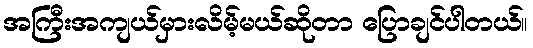
အကြီးအကျယ်မှားလိမ့်မယ်ဆိုတာ ပြောချင်ပါတယ်။